Tartu_pedagoogiumi_aruanded, lk 16
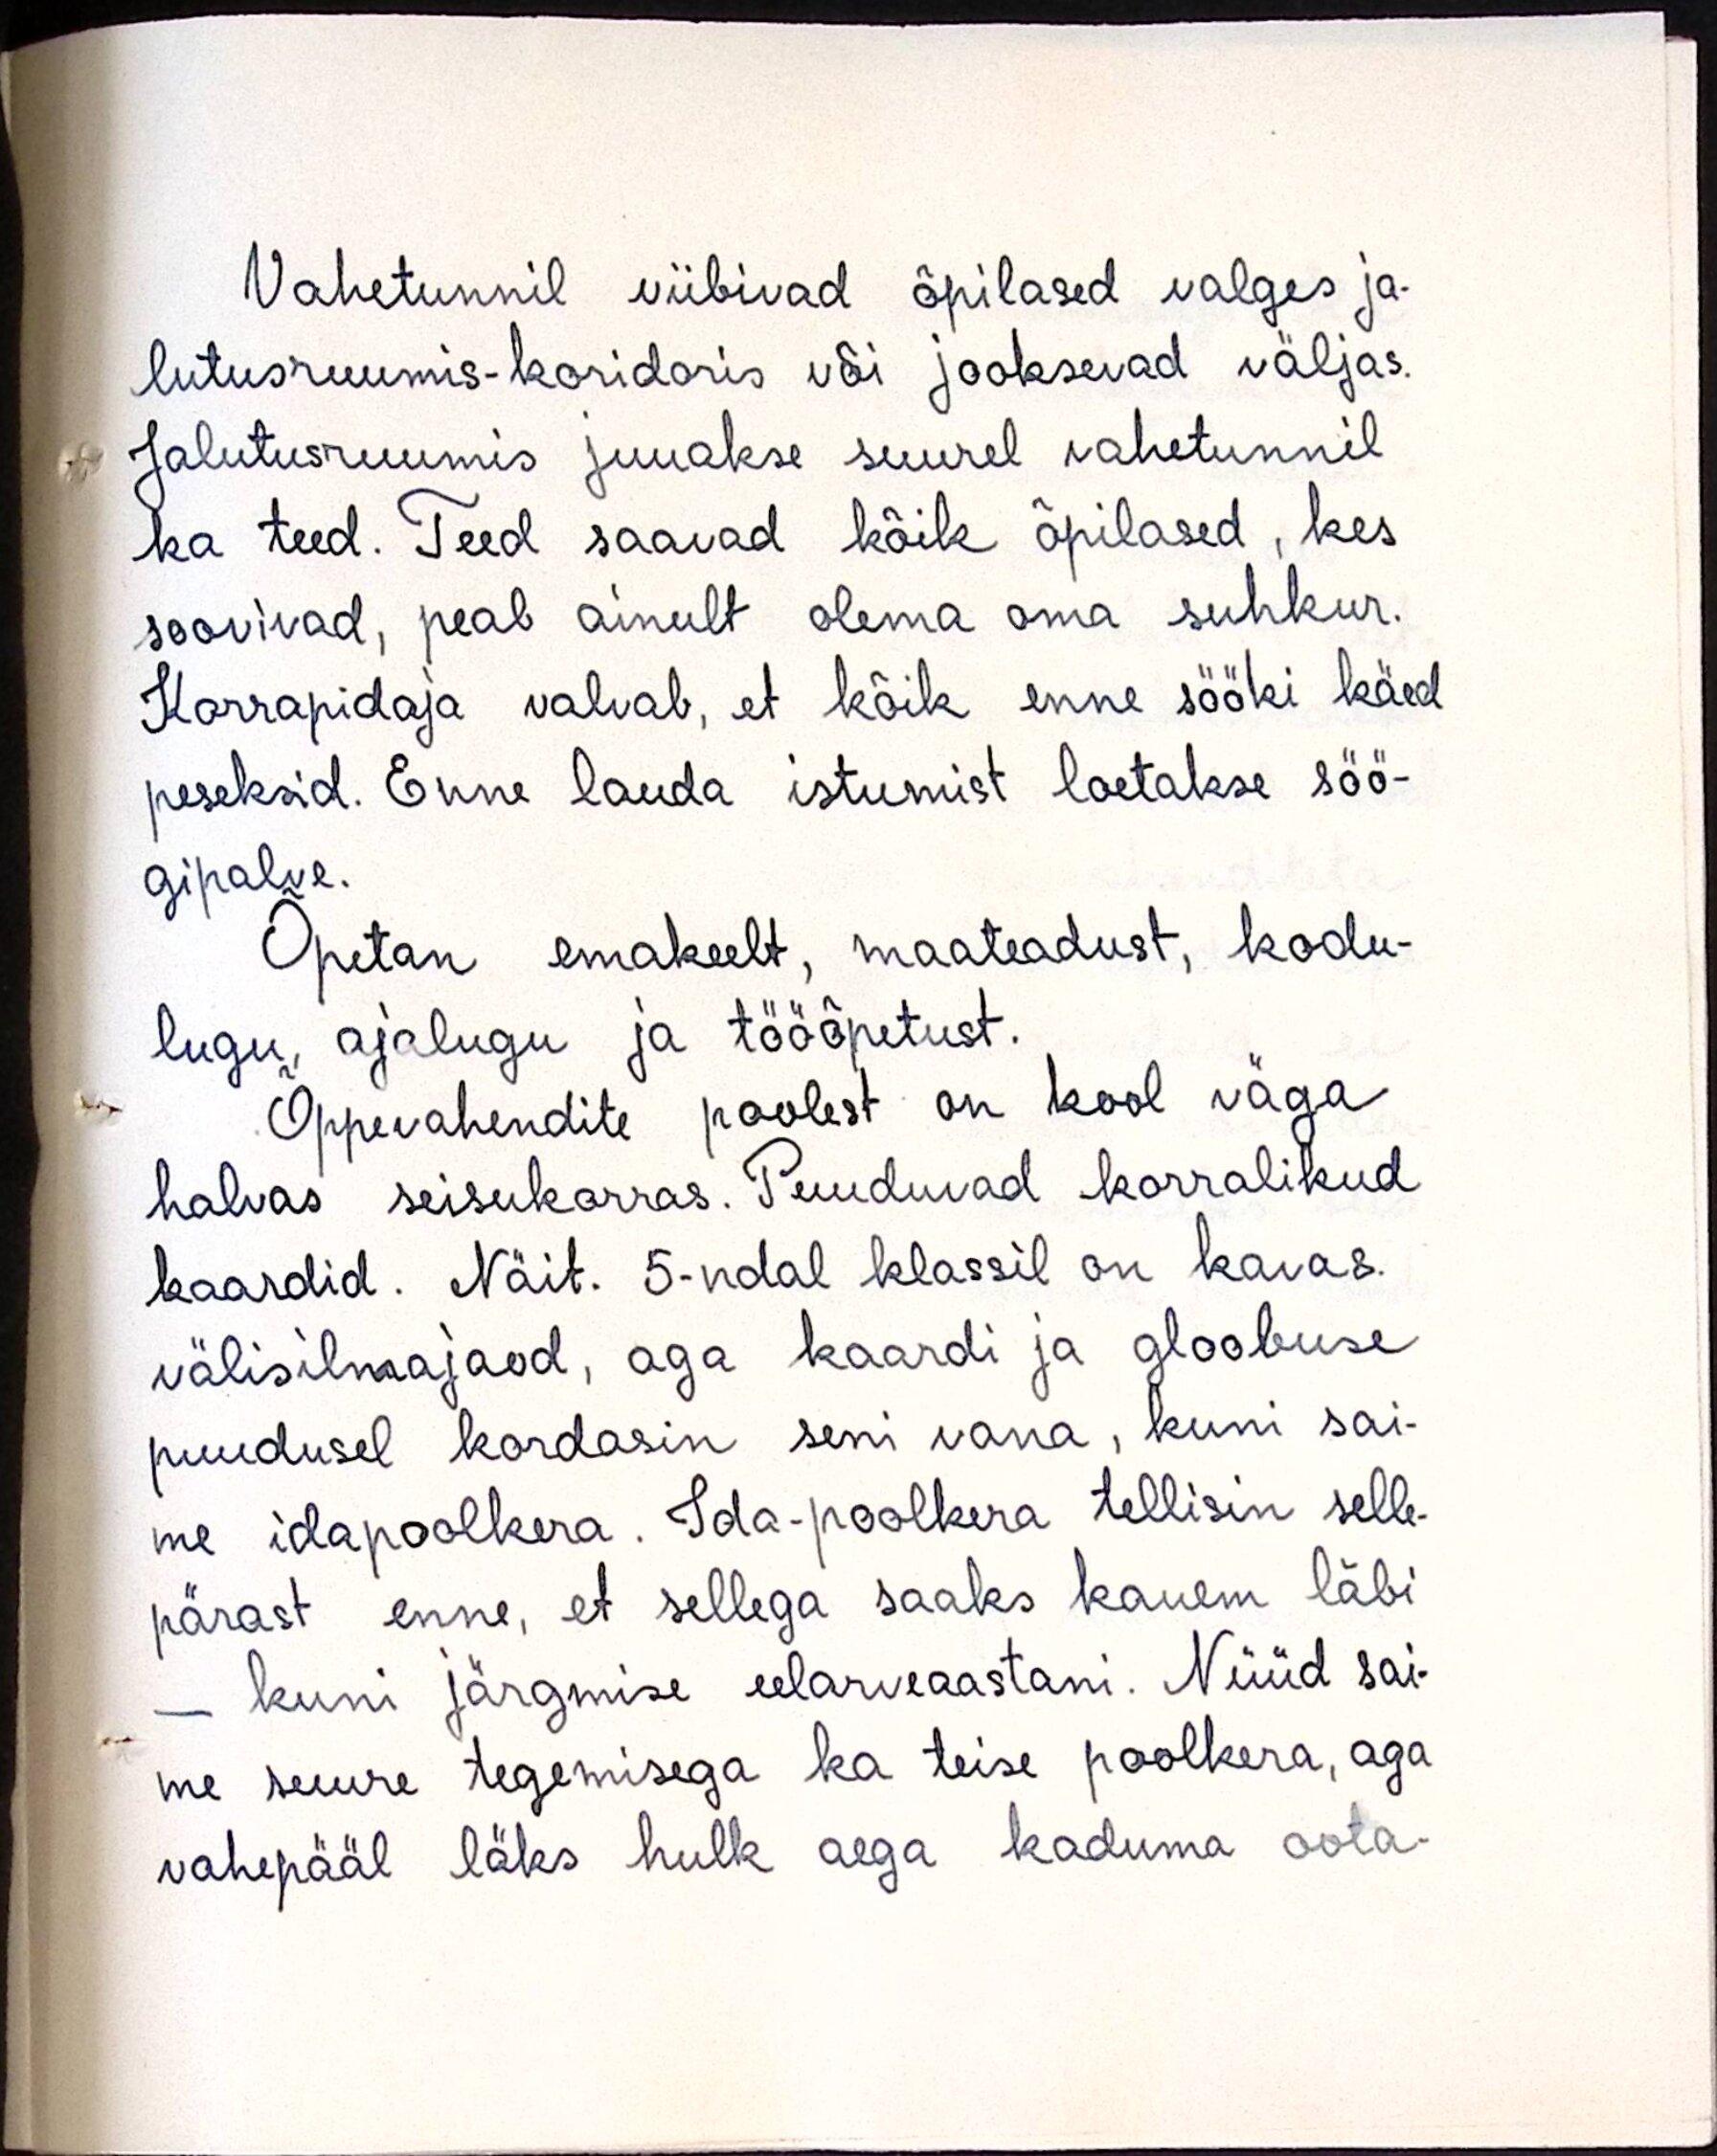
Vahetunnil viibivad õpilased valges ja-
lutusruumis-koridoris või jooksevad väljas.
Jalutusruumis juuakse suurel vahetunnil
ka teed. Teed saavad kõik õpilased, kes
soovivad, peab ainult olema oma suhkur.
Korrapidaja valvab, et kõik enne sööki käed
peseksid. Enne lauda istumist loetakse söö-
gipalve.
Õpetan emakeelt, maateadust, kodu-
lugu, ajalugu ja tööõpetust.
Õppevahendite poolest on kool väga
halvas seisukorras. Puuduvad korralikud
kaardid. Näit. 5-ndal klassil on kavas.
välisilmajaod, aga kaardi ja gloobuse
puudusel kordasin seni vana, kuni sai-
me idapoolkera. Ida-poolkera tellisin selle-
pärast enne, et sellega saaks kauem läbi
- kuni järgmise eelarveaastani. Nüüd sai-
me suure tegemisega ka teise poolkera, aga
vahepääl läks hulk aega kaduma oota-